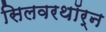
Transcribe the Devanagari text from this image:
सिलवरथॉर्न